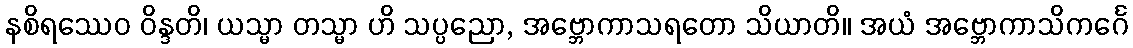
နစိရဿေဝ ဝိန္ဒတိ၊ ယသ္မာ တသ္မာ ဟိ သပ္ပညော, အဗ္ဘောကာသရတော သိယာတိ။ အယံ အဗ္ဘောကာသိကင်္ဂေ